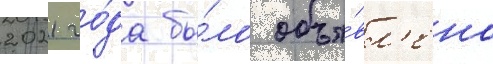
2021 го́да бы́ло объя́вл'ено